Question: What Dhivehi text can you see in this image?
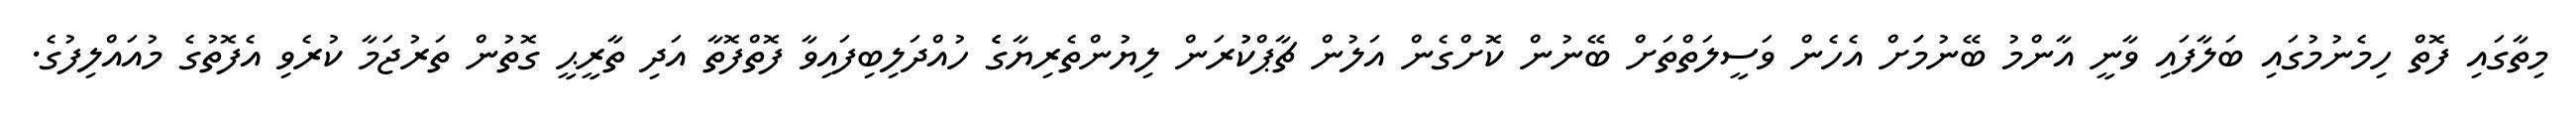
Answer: މިތާގައި ފޮތް ހިމެނުމުގައި ބަލާފައި ވާނީ އާންމު ބޭނުމަަށް އެހެން ވަސީލަތްތަށް ބޭނުން ކޮށްގެން އަލުން ޗާޕްކުުރަން ލިޔުންތެރިޔާގެެ ހުއްދަލިބިފައިވާ ފޮތްފޮތާ އަދި ތާރީޙީ ގޮތުން ތަރުޖަމާ ކުރެވި އެފޮތުގެ މުއައްލިފުގެ.